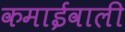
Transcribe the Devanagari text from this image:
कमाईवाली